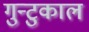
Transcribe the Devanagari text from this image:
गुन्टुकाल